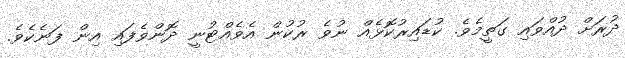
ދުރަށް ދުއްވައި ގަތީމެވެ. ކުޑައިރުކޮޅެއް ނުވެ ރުކުން އެވެއްޓުނީ ދޮންވެފައި އިން ފަނެކެވެ.